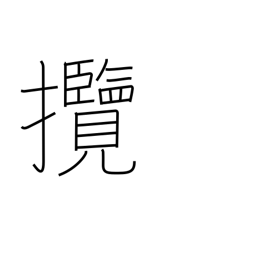
Meaning: hold (in hand)